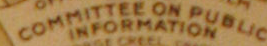
COMMITTEE ON PUBLIC